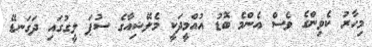
މިހާރު ކެވިންގެ ވެސް އެންމެ ބޮޑު އުއްމީދަކީ މެލޭޝިއާގެ ސުޕަ ލީގުގައި ދަގަނޑޭ